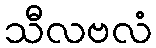
သီလဗလံ